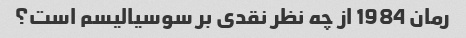
رمان 1984 از چه نظر نقدی بر سوسیالیسم است؟